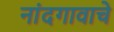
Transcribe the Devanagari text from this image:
नांदगावाचे